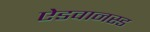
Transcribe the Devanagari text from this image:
ऐडवानस्ड